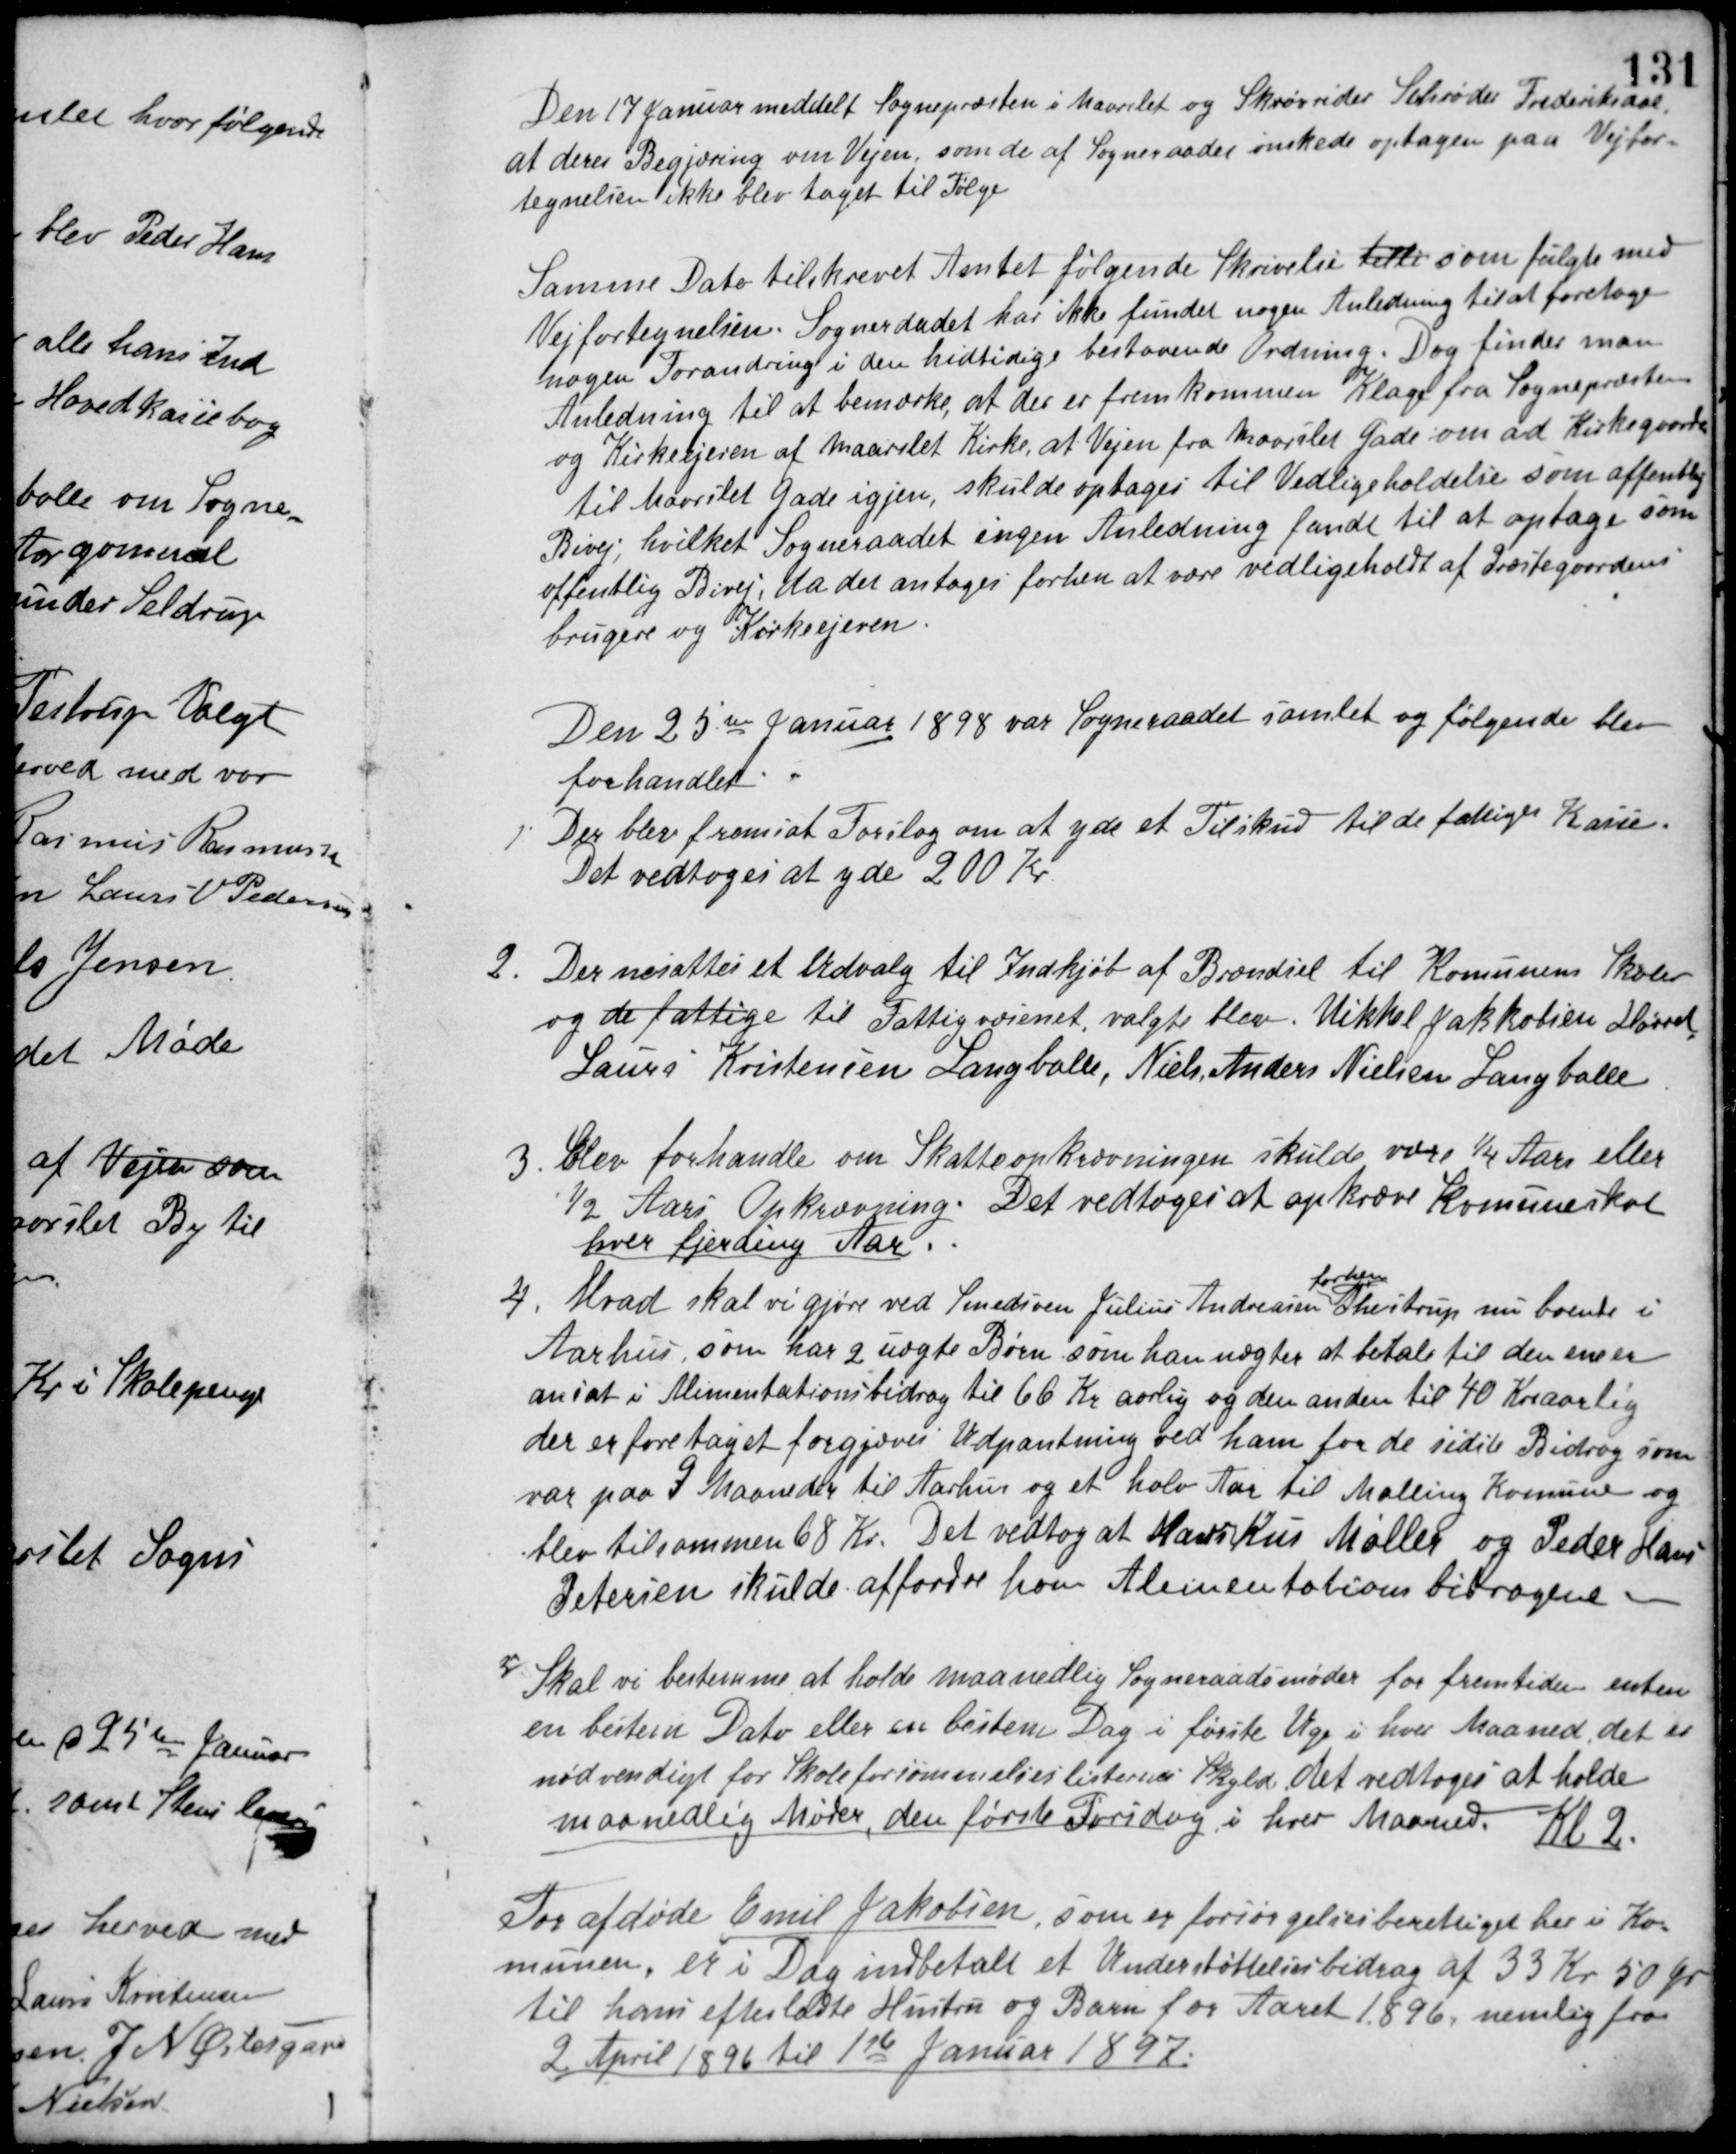
Transskription:
Den 17 Januar meddelt Sognepræsten i Maarslet og Skrovrider Schrøder Frederiksdal,
at deres Begjæring om Vejen, som de af Sogneraadet ønskede optagen paa Vejfor-
tegnelsen ikke blev taget til Følge
Samme Dato tilskrevet Amtet følgende Skrivelse tille som fulgte med
Vejfortegnelsen. Sogneraadet har ikke fundet nogen Anledning til at foretage
nogen Forandring i den hidtidige bestaaende Ordning. Dog finder man
Anledning til at bemærke, at der er fremkommen Klage fra Sognepræsten
og Kirkeejeren af Maarslet Kirke, at Vejen fra Maarslet Gade om ad Kirkegaarden
til Maarslet Gade igjen, skulde optages til Vedligeholdelse som offentlig
Bivej, hvilket Sogneraadet ingen Anledning fandt til at optage som
offentlig Bivej, da det antoges forhen at være vedligeholdt af Præstegaardens
brugere og Kirkeejeren.
Den 25de Januar 1898 var Sogneraadet samlet og følgende blev
forhandlet.
1. Der blev fremsat Forslag om at yde et Tilskud til de fattiges Kasse.
Det vedtoges at yde 200 Kr
2. Der nesattes et Udvalg til Indkjøb af Brændsel til Komunens Skoler
og de fattige til Fattigvæsenet, valgte blev Mikkel Jakkobsen Hørret,
Laurs Kristensen Langballe, Niels Anders Nielsen Langballe.
3. Blev forhandle om Skatteopkrævningen skulde være 1/4 Aars eller
½ Aars Opkrævning. Det vedtoges at opkræve Komuneskat
hver fjerding Aar.
4. Hvad skal vi gjøre ved Smediven Julius Andreasen
forhen
Thestrup nu boende i
Aarhus, som har 2 uægte Børn som han nægter at betale til den ene er
ansat i Alimentationsbidrag til 66 Kr aarlig og den anden til 40 Kr aarlig
der er foretaget forgjæves Udpantning ved ham for de sidste Bidrag som
var paa 7 Maaneder til Aarhus og et halv Aar til Malling Komune og
blev til sammen 68 Kr. Det vedtog at Markus Møller og Peder Hans
Petersen skulde affordre ham Alimentationsbidragene.
5. Skal vi bestemme at holde maanedlig Sogneraadsmøder for fremtiden enten
en bestem Dato eller en bestem Dag i første Uge i hver Maaned, det er
nødvendigt for Skoleforsømmelseslisternes Skyld, det vedtoges at holde
maanedlig Møder, den første Torsdag i hver Maaned. Kl 2.
For afdøde Emil Jakobsen, som er forsørgelsesberettiget her i Ko-
munen, er i Dag indbetalt et Understøttelsesbidrag af 33 Kr 50 Øre
til hans efterladte Hustru og Barn for Aaret 1896, nemlig fra
2 April 1896 til 1ste Januar 1897.